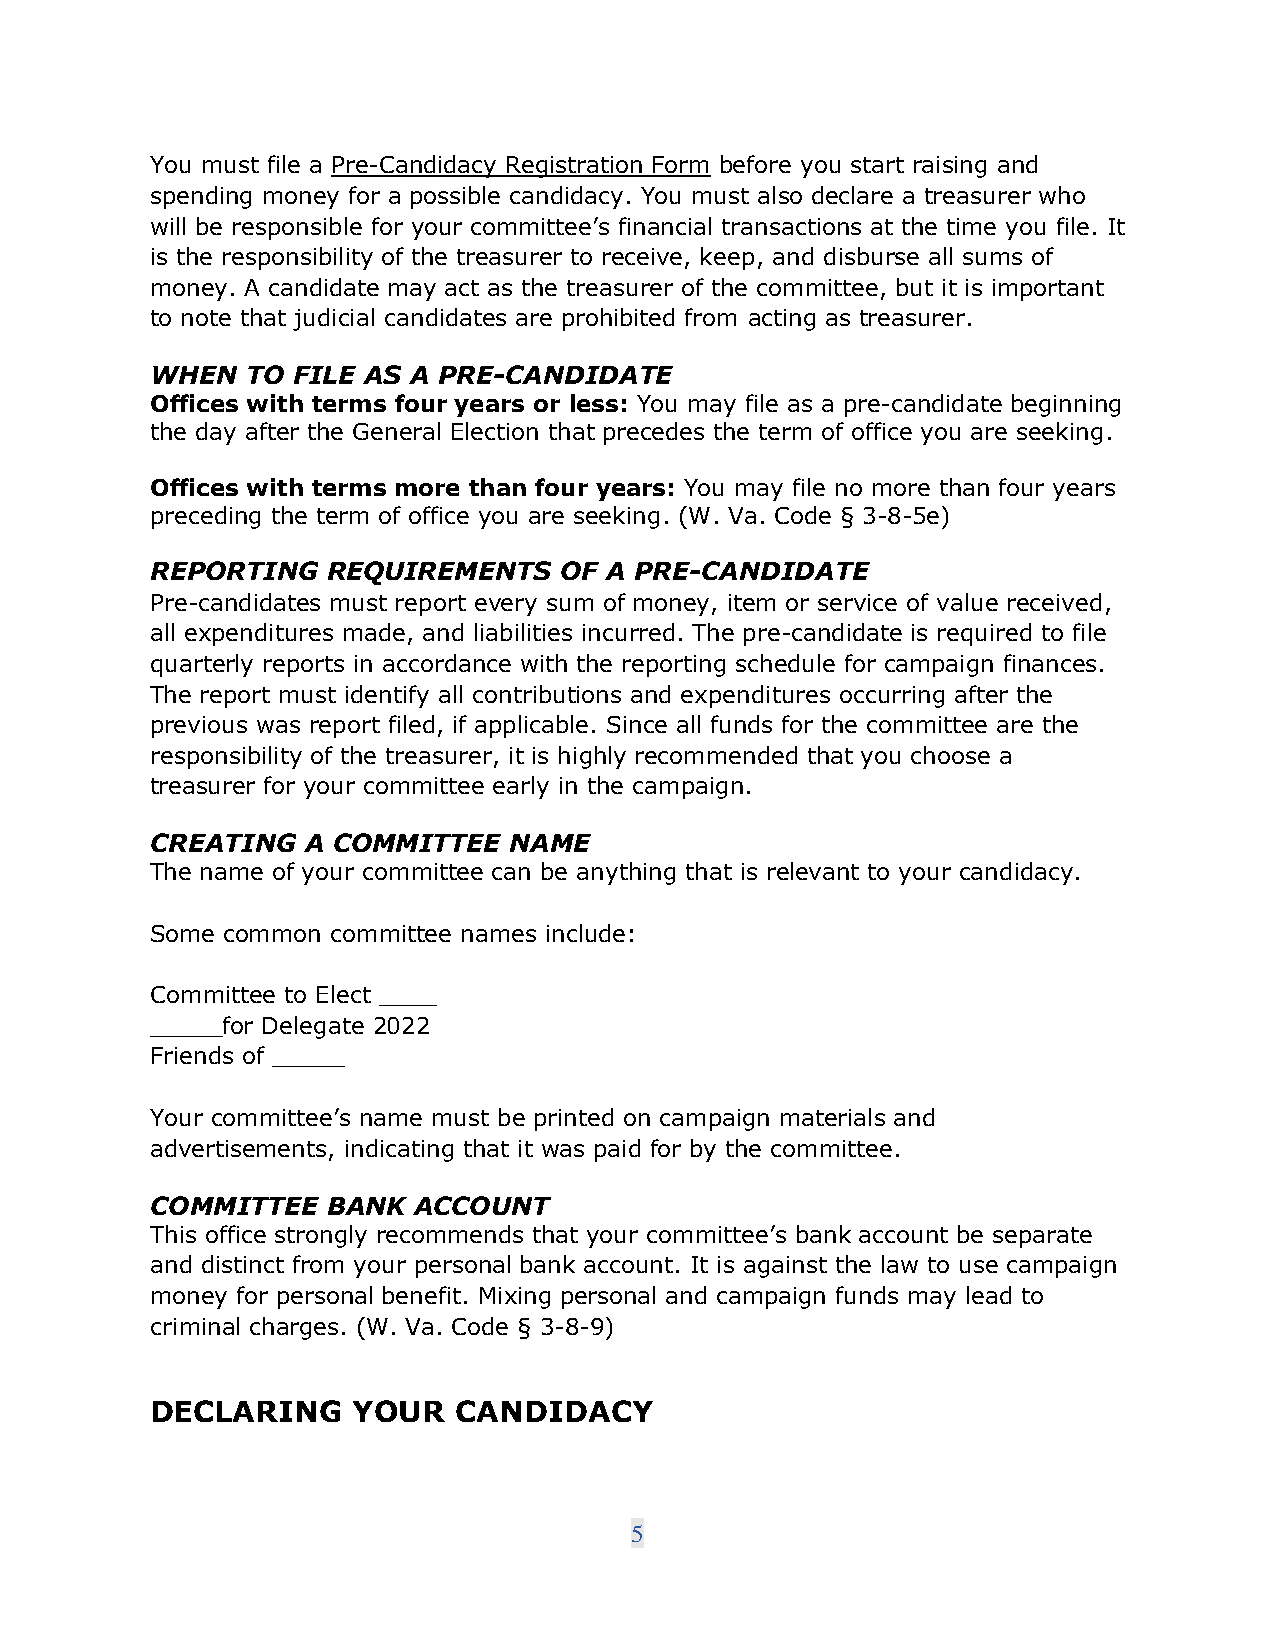
You must file a Pre-Candidacy Registration Form before you start raising and
 spending money for a possible candidacy. You must also declare a treasurer who
 will be responsible for your committee’s financial transactions at the time you file. It
 is the responsibility of the treasurer to receive, keep, and disburse all sums of
 money. A candidate may act as the treasurer of the committee, but it is important
 to note that judicial candidates are prohibited from acting as treasurer.
 WHEN  TO FILE AS A PRE-CANDIDATE
 Offices with terms four years or less: You may file as a pre-candidate beginning
 the day after the General Election that precedes the term of office you are seeking.
 Offices with terms more than four years: You may file no more than four years
 preceding the term of office you are seeking. (W. Va. Code § 3-8-5e)
 REPORTING   REQUIREMENTS   OF A PRE-CANDIDATE
 Pre-candidates must report every sum of money, item or service of value received,
 all expenditures made, and liabilities incurred. The pre-candidate is required to file
 quarterly reports in accordance with the reporting schedule for campaign finances.
 The report must identify all contributions and expenditures occurring after the
 previous was report filed, if applicable. Since all funds for the committee are the
 responsibility of the treasurer, it is highly recommended that you choose a
 treasurer for your committee early in the campaign.
 CREATING  A COMMITTEE   NAME
 The name of your committee can be anything that is relevant to your candidacy.
 Some common committee names include:
 Committee to Elect ____
 _____for Delegate 2022
 Friends of _____
 Your committee’s name must be printed on campaign materials and
 advertisements, indicating that it was paid for by the committee.
 COMMITTEE   BANK ACCOUNT
 This office strongly recommends that your committee’s bank account be separate
 and distinct from your personal bank account. It is against the law to use campaign
 money for personal benefit. Mixing personal and campaign funds may lead to
 criminal charges. (W. Va. Code § 3-8-9)
 DECLARING    YOUR   CANDIDACY
 5